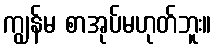
ကျွန်မ စာအုပ်မဟုတ်ဘူး။